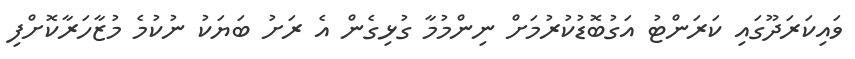
ވައިކަރަދޫގައި ކަރަންޓު އަގުބޮޑުކުރުމަށް ނިންމުމާ ގުޅިގެން އެ ރަށު ބަޔަކު ނުކުމެ މުޒާހަރާކޮށްފި